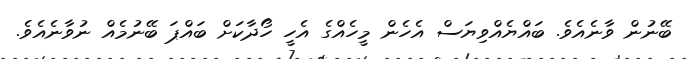
ބޭނުން ވާނެއެވެ. ބައްޔެއްވިޔަސް އެހެން މީހެއްގެ އެހީ ހޯދާކަށް ބައްޕަ ބޭނުމެއް ނުވާނެއެވެ.